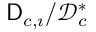
\mathsf { D } _ { c , \imath } / \mathcal { D } _ { c } ^ { * }